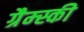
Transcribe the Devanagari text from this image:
ग्रैम्स्की